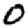
Digit: 0